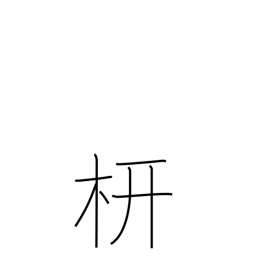
Meaning: rafter